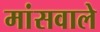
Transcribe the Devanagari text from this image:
मांसवाले